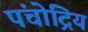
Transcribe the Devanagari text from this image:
पंचोद्रिय